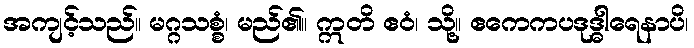
အကျင့်သည်။ မဂ္ဂသစ္စံ၊ မည်၏။ ဣတိ ဧဝံ၊ သို့။ ဧကေကပဒုဒ္ဓါရေနာပိ၊